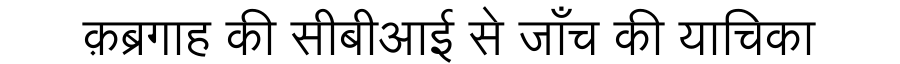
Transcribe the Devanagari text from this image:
क़ब्रगाह की सीबीआई से जाँच की याचिका